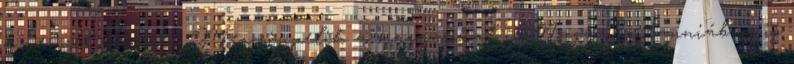
a nemzet eredeté. Megcsippelik a magyarokat is. Nagy-Britanniában is